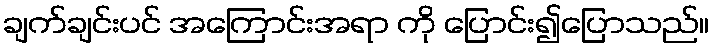
ချက်ချင်းပင် အကြောင်းအရာ ကို ပြောင်း၍ပြောသည်။